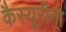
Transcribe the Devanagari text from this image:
कैस्यूरीना